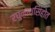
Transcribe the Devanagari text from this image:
रघुनाथसिंहोत